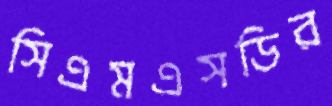
সিএমএসডির